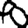
Digit: 8